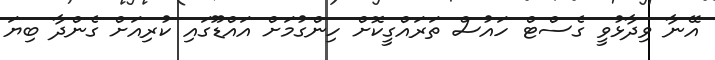
އޭނާ ވިދާޅުވީ ގެސްޓް ހައުސް ތަރައްގީކޮށް ހިންގުމަށް އައްޑޫގައި ކުރިއަށް ގެންދާ ބިޔަ